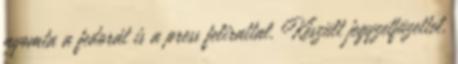
nyomta a fedorát is a press felirattal. Készült jegyzetfüzettel,